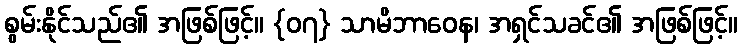
စွမ်းနိုင်သည်၏ အဖြစ်ဖြင့်။ {၀၇} သာမိဘာဝေန၊ အရှင်သခင်၏ အဖြစ်ဖြင့်။